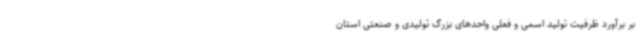
بر برآورد ظرفیت تولید اسمی و فعلی واحدهای بزرگ تولیدی و صنعتی استان